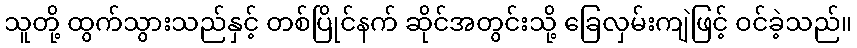
သူတို့ ထွက်သွားသည်နှင့် တစ်ပြိုင်နက် ဆိုင်အတွင်းသို့ ခြေလှမ်းကျဲဖြင့် ဝင်ခဲ့သည်။